Report of the Indian Hemp Drugs Commission, 1894-1895 - Volume V
Year: 1894
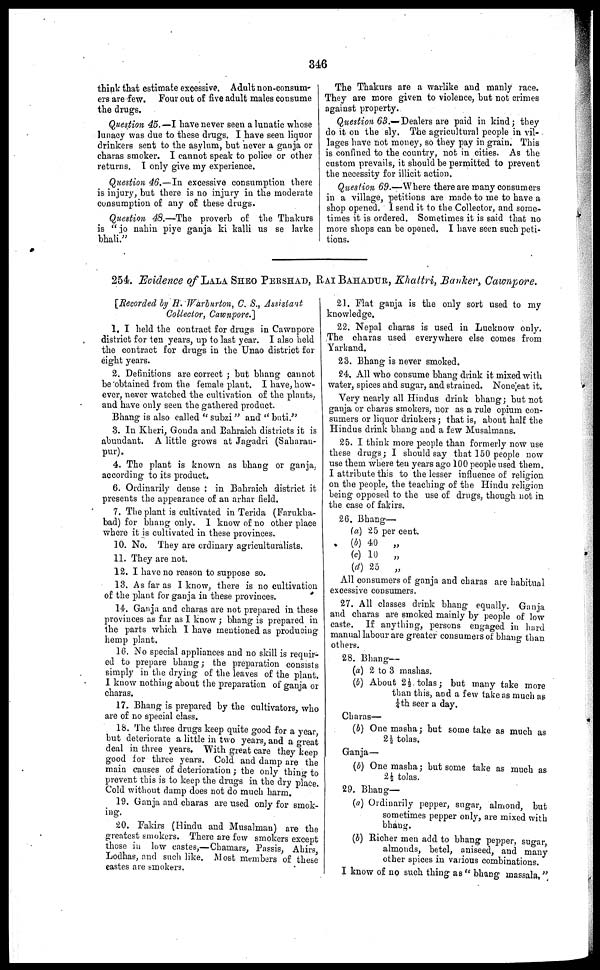
346
think that estimate excessive. Adult non-consum-
ers are few. Four out of five adult males consume
the drugs.
Question 45.—I have never seen a lunatic whose
lunacy was due to these drugs. I have seen liquor
drinkers sent to the asylum, but never a ganja or
charas smoker. I cannot speak to police or other
returns. I only give my experience.
Question 46.—In excessive consumption there
is injury, but there is no injury in the moderate
consumption of any of these drugs.
Question 48.—The proverb of the Thakurs
is "jo nahin piye ganja ki kalli us se larke
bhali."
The Thakurs are a warlike and manly race.
They are more given to violence, but not crimes
against property.
Question 63.— Dealers are paid in kind ; they
do it on the sly. The agricultural people in vil-
lages have not money, so they pay in grain. This
is confined to the country, not in cities. As the
custom prevails, it should be permitted to prevent
the necessity for illicit action.
Question 69.—Where there are many consumers
in a village, petitions are made to me to have a
shop opened. I send it to the Collector, and some-
times it is ordered. Sometimes it is 6aid that no
more shops can be opened. I have seen such peti-
tions.
254. Evidence of LALA SHEO PERSHAD, RAI BAHADUR, Khattri, Bauker, Cawnpore.
[Recorded by H. Wurburton, C. S., Assistant
Collector, Cawnpore.
1. I held the contract for drugs in Cawnpore
district for ten years, up to last year. I also held
the contract for drugs in the Unao district for
eight years.
2. Definitions are correct ; but bhang cannot
be obtained from the female plant. I have, how-
ever, never watched the cultivation of the plants.
and have only seen the gathered product.
Bhang is also called "subzi" and "buti."
3. In Kheri, Gonda and Eahraich districts it is
abundant. A little grows at Jagadri (Saharan-
pur).
4. The plant is known as bhang or ganja.
according to its product.
6. Ordinarily dense : in Bahraich district it
presents the appearance of an arhar field.
7. The plant is cultivated in Terida (Farukha-
bad) for bhang only. 1 know of no other place
where it is cultivated in these provinces.
10. No. They are ordinary agriculturalists.
11. They are not.
12. I have no reason to suppose so.
13. As far as 1 know, there is no cultivation
of the plant for ganja in these provinces.
14. Ganja and charas are not prepared in these
provinces as far as I know ; bhang is prepared in
the parts which I have mentioned as producing
hemp plant.
16. No special appliances and no skill is requir-
ed to prepare bhang ; the preparation consists
simply in the drying of the leaves of the plant.
1 know nothing about the preparation of ganja or
charas.
17. Bhang is prepared by the cultivators, who
are of no special class.
18. The three drugs keep quite good for a year,
but deteriorate a little in two years, and a great
deal in three years. With great care they keep
good for three years. Cold and damp are the
main causes of deterioration ; the only thing to
prevent this is to keep the drugs in the dry place.
Cold without damp does not do much harm.
19. Ganja and charas are used only for smok-
ing.
20. Fakirs (Hindu and Musalman) are the
greatest smokers. There are few smokers except
those in low castes,—Chamars, Passis, Ahirs
Lodhas, and such like. Most members of these
castes are smokers.
21. Flat ganja is the only sort used to my
knowledge.
22. Nepal charas is used in Lucknow only.
The charas used everywhere else comes from
Yarkand.
23. Bhang is never smoked.
24. All who consume bhang drink it mixed with
water, spices and sugar, and strained. None eat it.
Very nearly all Hindus drink bhang; but not
ganja or charas smokers, nor as a rule opium con-
sumers or liquor drinkers ; that is, about half the
Hindus drink bhang and a few Musalmans.
25. I think more people than formerly now use
these drugs; I should say that 150 people now
use them where ten years ago 100 people used them.
I attribute this to the lesser influence of religion
on the people, the teaching of the Hindu religion
being opposed to the use of drugs, though not in
the case of fakirs.
26. Bhang-
(a)
(b)
(c)
(d)
25 per cent.
40
„
10
„
25
„
All consumers of ganja and charas are habitual
excessive consumers.
27. All classes drink bhang equally. Ganja
and charas are smoked mainly by people of low
caste. If anything, persons engaged in hard
manual labour are greater consumers of bhang than
others.
28. Bhang—
(a) 2 to 3 mashas.
(b) About 2½ tolas; but many take more
than this, and a few take as much as
¼th seer a day.
Charas—
(b) One masha ; but some take as much as
2k tolas.
Ganja—
(b) One masha ; but some take as much as
2½ tolas.
29. Bhang—
(a) Ordinarily pepper, sugar, almond, but
sometimes pepper only, are mixed with
bhang.
(b) Richer men add to bhang pepper, sugar,
almonds, betel, aniseed, and many
other spices in various combinations.
I know of no such thing as "bhang massala,"